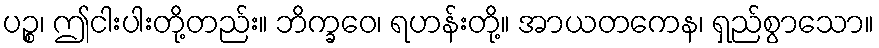
ပဉ္စ၊ ဤငါးပါးတို့တည်း။ ဘိက္ခဝေ၊ ရဟန်းတို့။ အာယတကေန၊ ရှည်စွာသော။